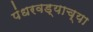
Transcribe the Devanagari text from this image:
पंधरवड्याच्या